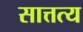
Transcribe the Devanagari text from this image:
सात्तत्य